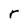
Character: r